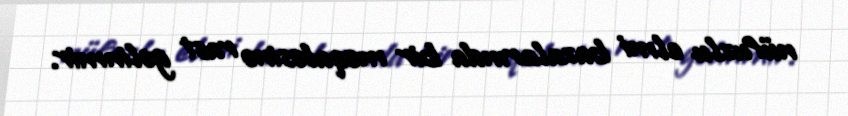
nüfuzlu elmi bazalarında bir məqaləsinə rast gəlinmir.